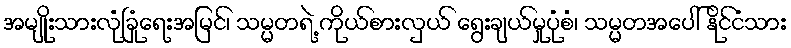
အမျိုးသားလုံခြုံရေးအမြင်၊ သမ္မတရဲ့ ကိုယ်စားလှယ် ရွေးချယ်မှုပုံစံ၊ သမ္မတအပေါ် နိုင်ငံသား